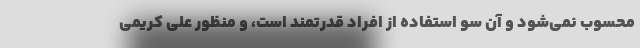
محسوب نمی‌شود و آن سو استفاده از افراد قدرتمند است، و منظور علی کریمی